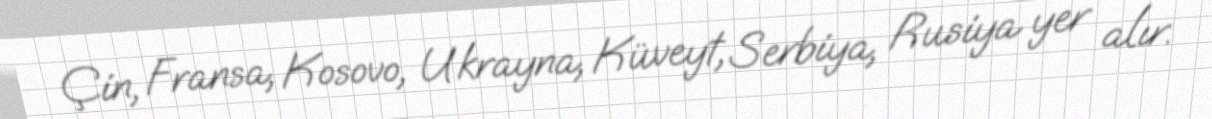
Çin, Fransa, Kosovo, Ukrayna, Küveyt, Serbiya, Rusiya yer alır.